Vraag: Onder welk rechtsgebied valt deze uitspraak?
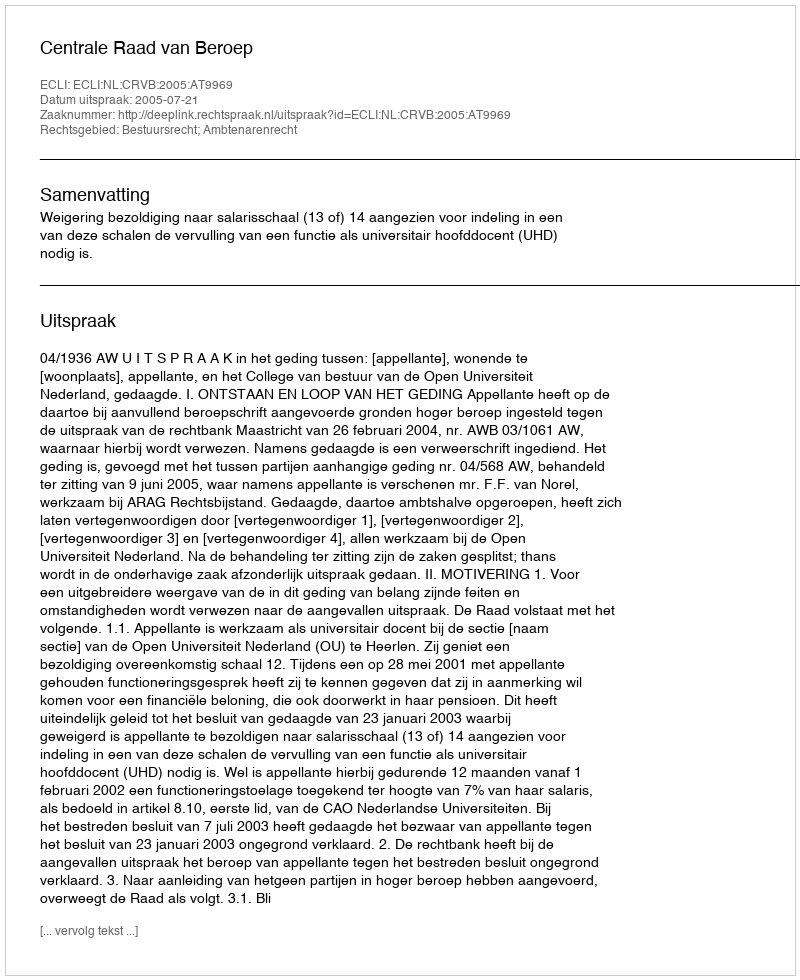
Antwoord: Bestuursrecht; Ambtenarenrecht